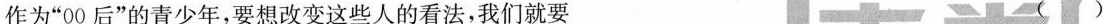
作为”00后”的青少年，要想改变这些人的看法，我们就要 （）